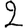
Digit: 2